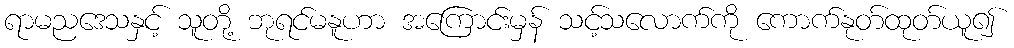
ရာမညဒေသနှင့် သူတို့ ဘုရင်မနူဟာ အကြောင်းမှန် သင့်သလောက်ကို ကောက်နုတ်ထုတ်ယူ၍